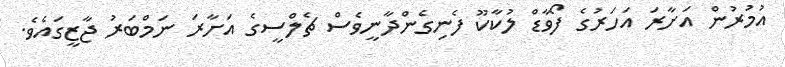
އުމުރުން އަށާރަ އަހަރުގެ ފޯވާޑް ލުކާކޫ ފެނިގެންދާނީވެސް ޗެލްސީގެ އަށާރަ ނަމްބަރު ޖާޒީގައެވެ.